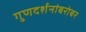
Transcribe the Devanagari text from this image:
गुणदर्शनांबरोबर